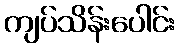
ကျပ်သိန်းပေါင်း